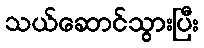
သယ်ဆောင်သွားပြီး